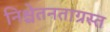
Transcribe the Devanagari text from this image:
निश्चेतनताग्रस्त